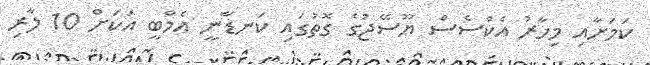
ކަމަށާއި މިހާރު އެކްސެސް ޔޫސޭޖުގެ ގޮތުގައި ކަނޑާނީ އެމްބީ އަަކަަށް 10 ލާރި